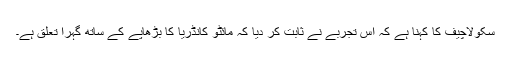
سکولاچیف کا کہنا ہے کہ اس تجربے نے ثابت کر دیا کہ مائٹو کانڈریا کا بڑھاپے کے ساتھ گہرا تعلق ہے۔